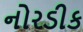
નોરડીક